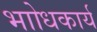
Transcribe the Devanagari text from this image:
भाोधकार्य